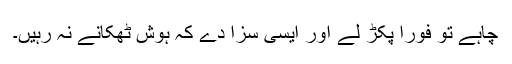
چاہے تو فوراً پکڑ لے اور ایسی سزا دے کہ ہوش ٹھکانے نہ رہیں۔